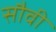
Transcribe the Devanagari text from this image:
सौवी